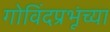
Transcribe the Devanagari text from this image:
गोविंदप्रभूंच्या